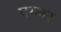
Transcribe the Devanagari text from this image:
एग्लर